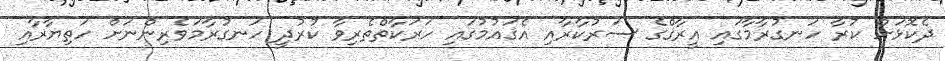
ދެކޮޅަށް ކުރާ ހަނގުރާމާގައި އީރާޤްގެ ސަރުކާރާއި އެޤައުމުގައި ހަރަކާތްތެރިވާ ކުރުދީ ހަނގުރާމަވެރިންނަށް ހަތިޔާރާއި